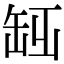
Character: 𦈮